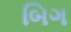
બિગ